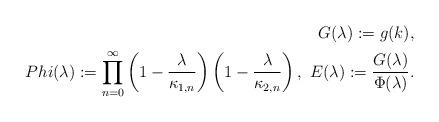
LaTeX: \begin{align*}G(\lambda):=g(k),\\Phi(\lambda):=\prod_{n=0}^\infty\left(1-\frac{\lambda}{\kappa_{1,n}}\right)\left(1-\frac{\lambda}{\kappa_{2,n}}\right),\ E(\lambda):=\frac{G(\lambda)}{\Phi(\lambda)}.\end{align*}